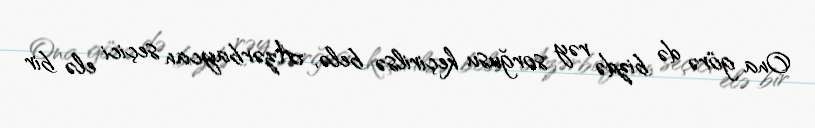
Ona görə də bizdə rəy sorğusu keçirilsə belə, Azərbaycan seçici elə bir